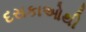
દસકાઓથી